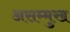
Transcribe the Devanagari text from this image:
असम्मुख